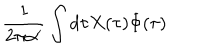
\frac { 1 } { 2 \pi \alpha ^ { \prime } } \int d \tau X ( \tau ) \dot { \Phi } ( \tau )